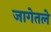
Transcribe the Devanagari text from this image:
जागेतले